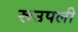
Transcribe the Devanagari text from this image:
रूउपली